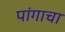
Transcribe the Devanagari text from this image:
पांगाचा